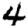
Digit: 4